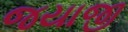
જયાજી